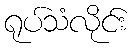
ရုပ်သံလိုင်း